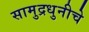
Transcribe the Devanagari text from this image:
सामुद्रधुनीचे